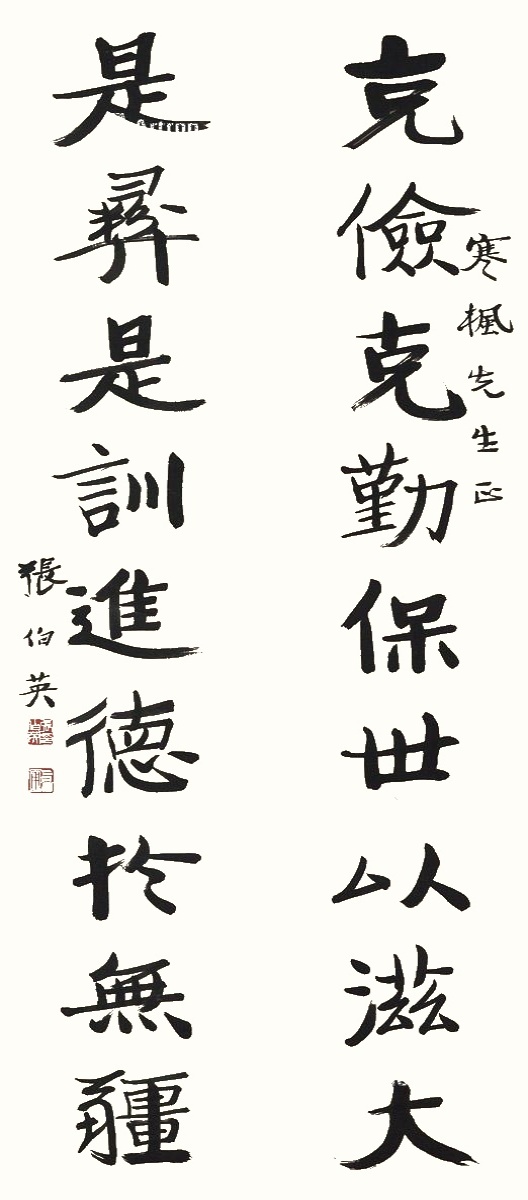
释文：克俭克勤保世以滋大，是彝是训进德于无疆。寒枫先生正，张伯英。